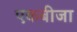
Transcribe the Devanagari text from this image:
एकबीजा